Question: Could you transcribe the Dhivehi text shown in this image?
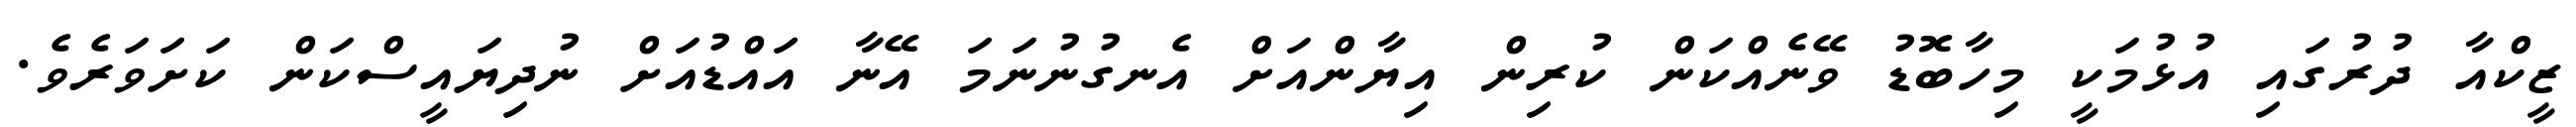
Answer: ޒީކްއާ ދުރުގައި އުޅުމަކީ މިހާބޮޑު ވޭނެއްކަން ކުރިން އިޔާންއަށް އެނގުނުނަމަ އޭނާ އައްޑުއަށް ނުދިޔައީސްކަން ކަށަވަރެވެ.